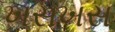
ખસખસ